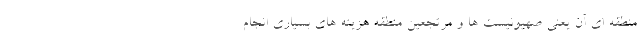
منطقه ای آن یعنی صهیونیست ها و مرتجعین منطقه هزینه های بسیاری انجام